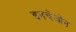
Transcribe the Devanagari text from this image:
इनचेओन